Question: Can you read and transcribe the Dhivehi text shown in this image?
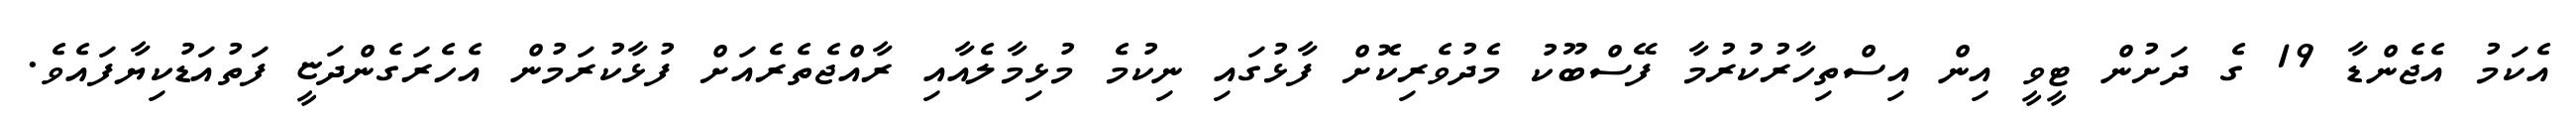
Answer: އެކަމު އެޖެންޑާ 19 ގެ ދަށުން ޓީވީ އިން އިސްތިހާރުކުރުމާ ފޭސްބޫކު މެދުވެރިކޮށް ފާޅުގައި ނިކުމެ މުޅިމާލެއާއި ރާއްޖެތެރެއަށް ފުޅާކުރަމުން އެހެރަގެންދަޏީ ފަތުއަޑުކިޔާފައެވެ.